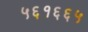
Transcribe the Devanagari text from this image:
५६१६६५